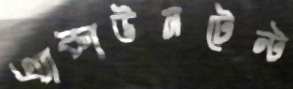
এ্যাকাউনটেন্ট